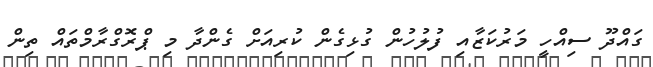
ގައްދޫ ސިއްހީ މަރުކަޒާއި ފުލުހުން ގުޅިގެން ކުރިއަށް ގެންދާ މި ޕްރޮގްރާމްތައް ތިން